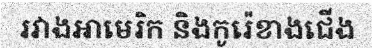
រវាងអាមេរិក និងកូរ៉េខាងជើង